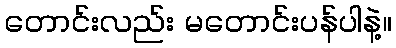
တောင်းလည်း မတောင်းပန်ပါနဲ့။